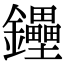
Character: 鑸